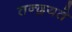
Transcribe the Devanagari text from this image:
तन्द्रयते